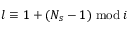
l \equiv 1 + ( N _ { s } - 1 ) \bmod i